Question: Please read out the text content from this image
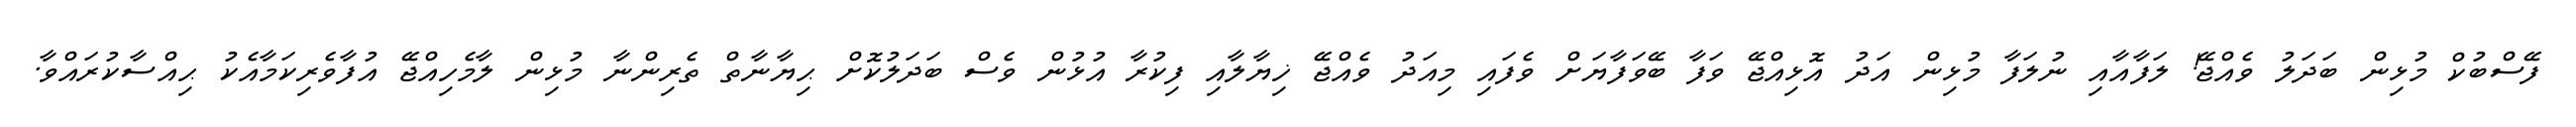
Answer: ފޭސްބުކް މުޅިން ބަދަލު ވެއްޖޭ! ލަފާއާއި ނުލަފާ މުޅިން އަދު އޮޅިއްޖޭ ވަފާ ބޭވަފާޔަށް ވެފައި މިއަދު ވެއްޖޭ ޚިޔާލާއި ފިކުރާ އުޅުން ވެސް ބަދަލުކޮށް ޙިޔާނާތް ތެރިންނާ މުޅިން ލާމެހިއްޖޭ އުފާވެރިކަމާއެކު ޙިއްސާކުރައްވާ.